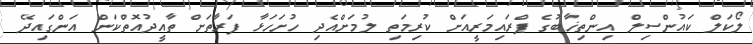
ލޯކަލް ކައުންސިލް އިންތިޚާބުގެ ޕްރައިމަރީއަށް ކުރިމަތި ލުމަށްއެދި ހުށަހަޅާ ފަރާތަށް ތާއީދުއޮތްކަން އަންގައިދޭ